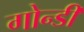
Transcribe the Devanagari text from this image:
गोन्डी